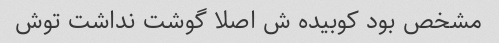
مشخص بود کوبیده ش اصلا گوشت نداشت توش